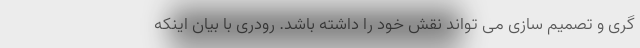
گری و تصمیم سازی می تواند نقش خود را داشته باشد. رودری با بیان اینکه